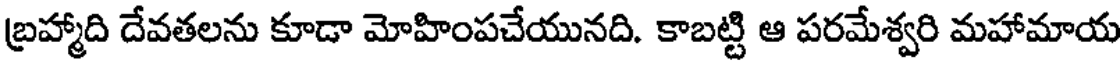
బ్రహ్మాది దేవతలను కూడా మోహింపచేయునది. కాబట్టి ఆ పరమేశ్వరి మహామాయ